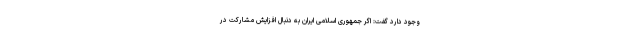
وجود دارد گفت: اگر جمهوری اسلامی ایران به دنبال افزایش مشارکت در